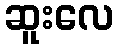
ဆူးလေ